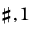
^ { \sharp , 1 }